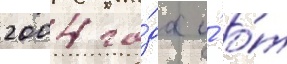
2004 го́да и́ о́т